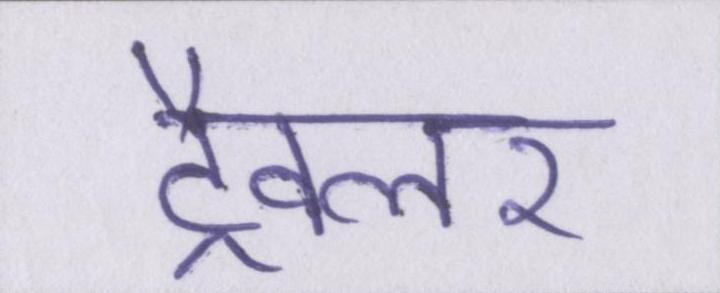
ट्रैवलर